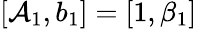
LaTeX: [\mathcal{A}_{1},b_{1}]=[1,\beta_{1}]